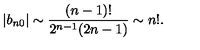
| b _ { n 0 } | \sim \frac { ( n - 1 ) ! } { 2 ^ { n - 1 } ( 2 n - 1 ) } \sim n ! .